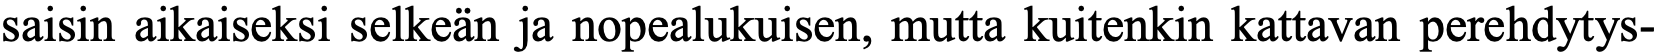
saisin aikaiseksi selkeän ja nopealukuisen, mutta kuitenkin kattavan perehdytys-